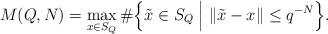
LaTeX: \begin{align*}M(Q, N) = \max_{x\in S_{Q}}\#\Big\{\tilde{x} \in S_{Q} \mathrel\Big| \|\tilde{x}-x\|\leq q^{-N}\Big\}.\end{align*}